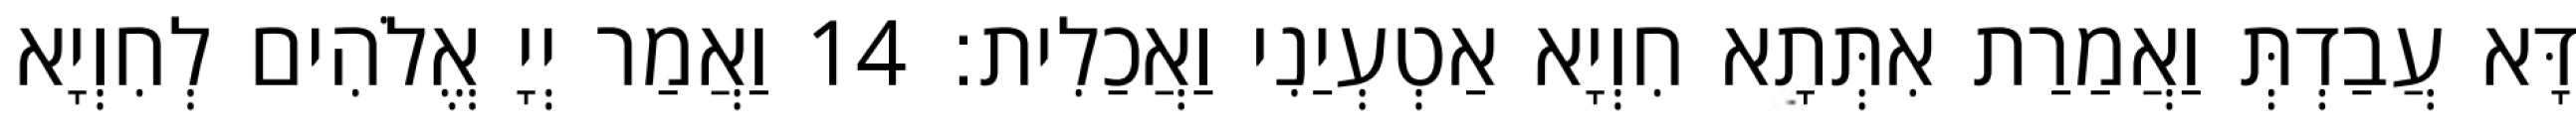
דָּא עֲבַדְתְּ וַאֲמַרַת אִתְּתָא חִוְיָא אַטְעְיַנִי וַאֲכַלִית׃ 14 וַאֲמַר יְיָ אֱלֹהִים לְחִוְיָא